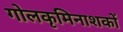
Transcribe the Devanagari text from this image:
गोलकृमिनाशकों